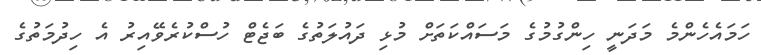
ހަމައެހެންމެ މަދަނީ ހިންގުމުގެ މަސައްކަތަށް މުޅި ދައުލަތުގެ ބަޖެޓް ހުސްކުރެވޭއިރު އެ ހިދުމަތުގެ